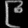
Digit: ၉